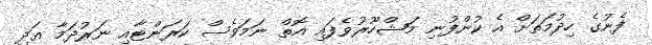
ފެނުގެ ހިދުމަތަށް އެ ކުންފުނި މަޝްހޫރުވެފައި އޮތް ނަމަވެސް ކަރަންޓާއި ނަރުދަމާ އަދި